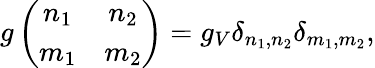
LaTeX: g\left(\begin{array}{cc}{{n_{1}}}&{{n_{2}}}\\ {{m_{1}}}&{{m_{2}}}\end{array}\right)=g_{V}\delta_{n_{1},n_{2}}\delta_{m_{1},m_{2}},